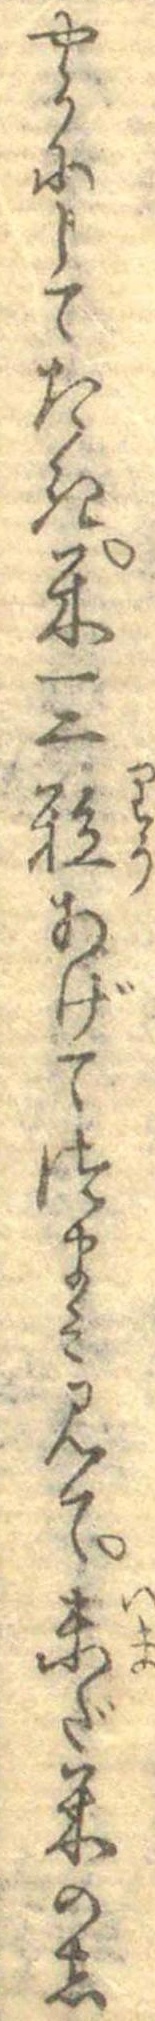
やうにしてたき米一二粒あげてつまみ見て未だ米のし